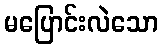
မပြောင်းလဲသော